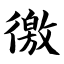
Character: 徼